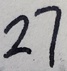
2 7